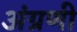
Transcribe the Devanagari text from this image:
अंग्रणी